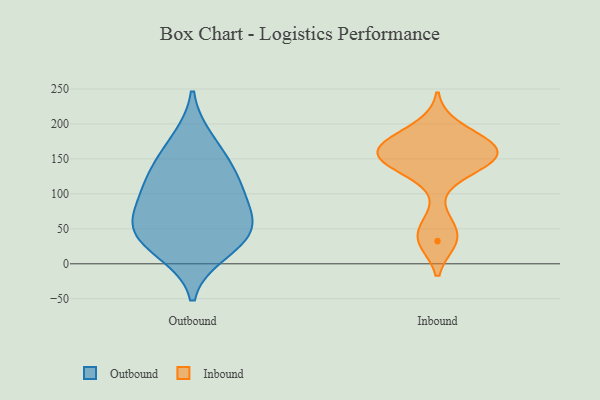
{"axis": {"x": "Temperature (°C)", "y": "Value"}, "legend": ["Inbound", "Outbound"], "data": [{"x": "", "y": 142, "type": "Outbound"}, {"x": "", "y": 60, "type": "Outbound"}, {"x": "", "y": 17, "type": "Outbound"}, {"x": "", "y": 128, "type": "Outbound"}, {"x": "", "y": 95, "type": "Outbound"}, {"x": "", "y": 101, "type": "Outbound"}, {"x": "", "y": 48, "type": "Outbound"}, {"x": "", "y": 177, "type": "Outbound"}, {"x": "", "y": 55, "type": "Outbound"}, {"x": "", "y": 32, "type": "Outbound"}, {"x": "", "y": 164, "type": "Inbound"}, {"x": "", "y": 174, "type": "Inbound"}, {"x": "", "y": 58, "type": "Inbound"}, {"x": "", "y": 32, "type": "Inbound"}, {"x": "", "y": 149, "type": "Inbound"}, {"x": "", "y": 176, "type": "Inbound"}, {"x": "", "y": 156, "type": "Inbound"}, {"x": "", "y": 161, "type": "Inbound"}, {"x": "", "y": 33, "type": "Inbound"}, {"x": "", "y": 137, "type": "Inbound"}, {"x": "", "y": 133, "type": "Inbound"}, {"x": "", "y": 196, "type": "Inbound"}, {"x": "", "y": 158, "type": "Inbound"}]}